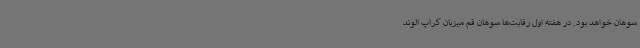
سوهان خواهد بود. در هفته اول رقابت‌ها سوهان قم میزبان کراپ الوند